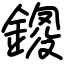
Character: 鎫